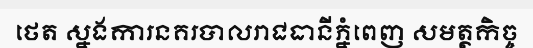
ថេត ស្នងការនគរបាលរាជធានីភ្នំពេញ សមត្ថកិច្ច